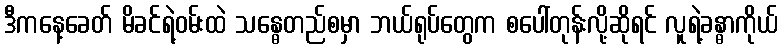
ဒီကနေ့ခေတ် မိခင်ရဲ့ဝမ်းထဲ သန္ဓေတည်စမှာ ဘယ်ရုပ်တွေက စပေါ်တုန်းလို့ဆိုရင် လူရဲ့ခန္ဓာကိုယ်